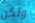
ولكن